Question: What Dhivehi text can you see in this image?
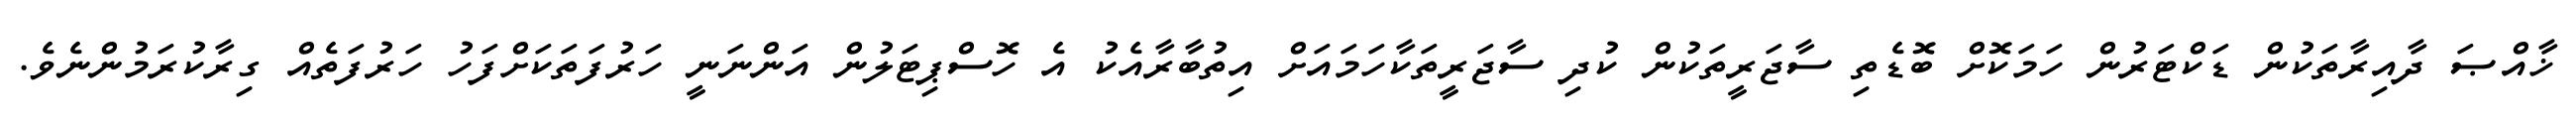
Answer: ޚާއްޞަ ދާއިރާތަކުން ޑަކްޓަރުން ހަމަކޮށް ބޮޑެތި ސާޖަރީތަކުން ކުދި ސާޖަރީތަކާހަމައަށް އިތުބާރާއެކު އެ ހޮސްޕިޓަލުން އަންނަނީ ހަރުފަތަކަށްފަހު ހަރުފަތެއް ގިރާކުރަމުންނެވެ.